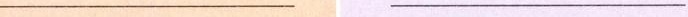
___ ___